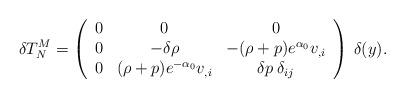
LaTeX: \begin{align*}\delta T^M_N = \left(\begin{array}{ccc}0 & 0 & 0 \\0 & -\delta \rho & -(\rho+p)e^{\alpha_0} v_{,i} \\0 & (\rho+p)e^{-\alpha_0} v_{,i} & \delta p \: \delta_{ij}\\\end{array}\right) \: \delta (y).\end{align*}